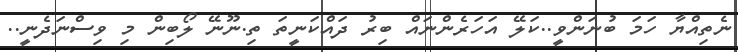
ނެތިއްޔާ ހަމަ ބުނަންވީ..ކަލޭ އަހަރެންނައް ބިރު ދައްކަނީތަ ތި.ނޫނޭ ލޯބިން މި ވިސްނަދެނީ..